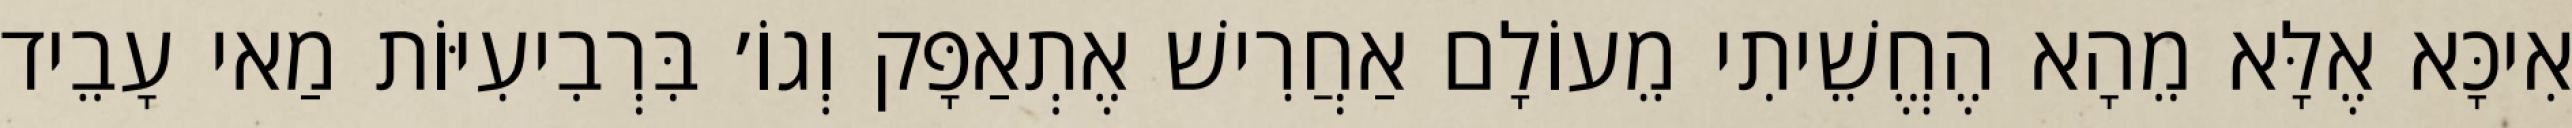
אִיכָּא אֶלָּא מֵהָא הֶחֱשֵׁיתִי מֵעוֹלָם אַחֲרִישׁ אֶתְאַפָּק וְגוֹ׳ בִּרְבִיעִיּוֹת מַאי עָבֵיד